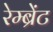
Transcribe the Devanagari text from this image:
रेम्ब्रेंट